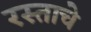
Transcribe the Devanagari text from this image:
रस्ताचे